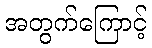
အတွက်ကြောင့်